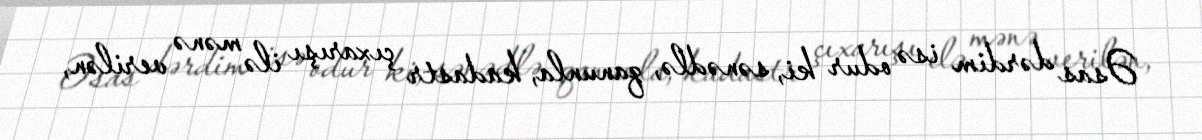
Əsas dərdim isə odur ki, sənədlə, qanunla, kadastr çıxarışı ilə mənə verilən,